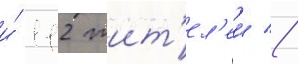
и́ 112 жит'ел'еи //